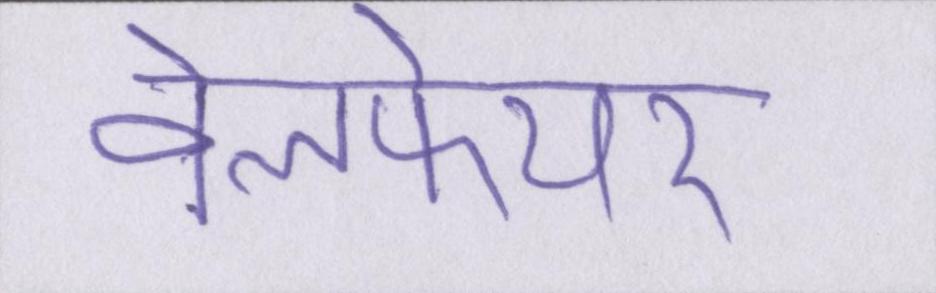
वेलफेयर